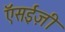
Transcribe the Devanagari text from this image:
ऍसईज़ी